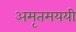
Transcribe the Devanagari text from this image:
अमृतमययी